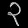
Digit: ၃